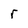
Character: r